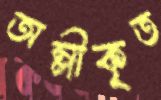
অম্লীকৃত